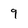
Character: 9